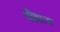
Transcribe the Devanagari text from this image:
पौव्रात्य